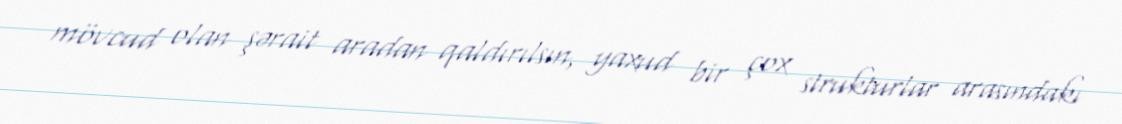
mövcud olan şərait aradan qaldırılsın, yaxud bir çox strukturlar arasındakı